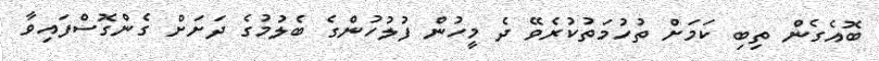
ބޮއެގެން ތިބި ކަމަށް ތުހުމަތުކުރެވޭ ދެ މީހުން ފުލުހުންގެ ބެލުމުގެ ދަށަށް ގެންގޮސްފައިވާ